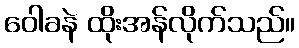
ဝေါခနဲ ထိုးအန်လိုက်သည်။